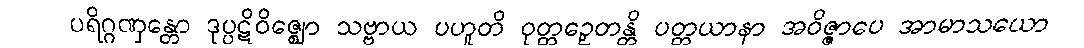
ပရိဂ္ဂဏှန္တော ဒုပ္ပဋိဝိဇ္ဈော သဗ္ဗာယ ပဟူတိ ဝုတ္တဉှေတန္တိ ပတ္တယာနာ အဝိဇ္ဇာပေ အာမာသယော